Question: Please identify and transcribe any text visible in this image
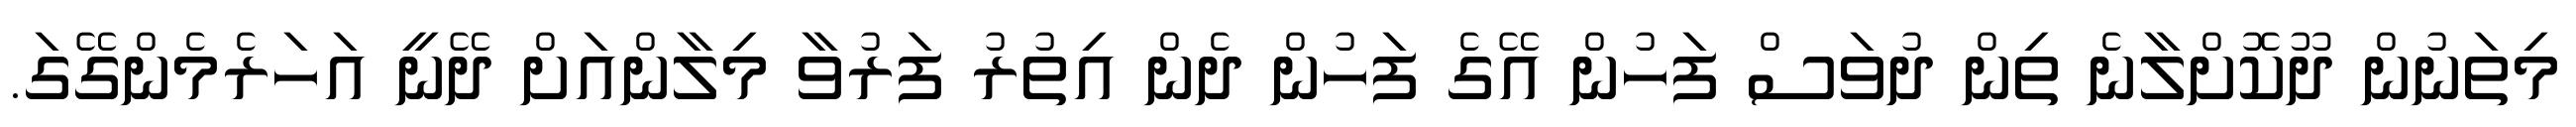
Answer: މިތަނުން ދޫކޮށްލާނެ ތިން ދުވަސް ފަހުން އޭގެ ފަހުން ދެން އިތުރު ފަރުވާ މިލާންއަށް ދޭނީ އަހަރެމެންގޭގަ.